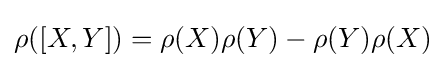
\rho ([X,Y])=\rho (X)\rho (Y)-\rho (Y)\rho (X)